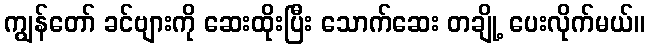
ကျွန်တော် ခင်ဗျားကို ဆေးထိုးပြီး သောက်ဆေး တချို့ ပေးလိုက်မယ်။